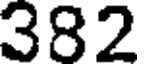
382